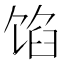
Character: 馅